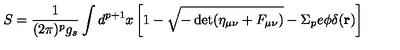
S = \frac { 1 } { ( 2 \pi ) ^ { p } g _ { s } } \int d ^ { p + 1 } x \left[ 1 - \sqrt { - \det ( \eta _ { \mu \nu } + F _ { \mu \nu } ) } - \Sigma _ { p } e \phi \delta ( { \bf r } ) \right]